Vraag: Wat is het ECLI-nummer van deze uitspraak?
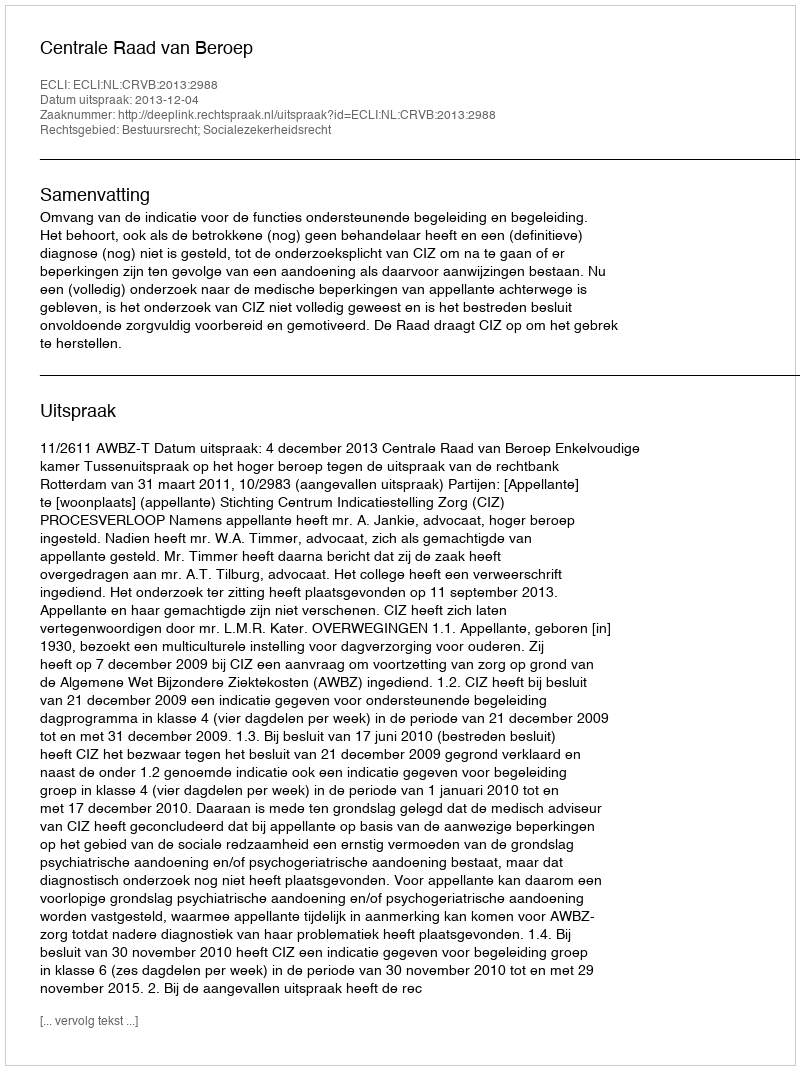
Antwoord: ECLI:NL:CRVB:2013:2988